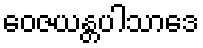
ဝေဇယန္တပါသာဒေ